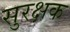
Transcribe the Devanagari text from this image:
सुरक्षक